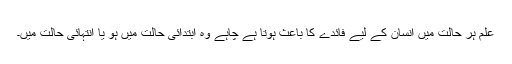
علم ہر حالت میں انسان کے لیے فائدے کا باعث ہوتا ہے چاہے وہ ابتدائی حالت میں ہو یا انتہائی حالت میں۔